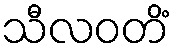
သီလဝတိံ